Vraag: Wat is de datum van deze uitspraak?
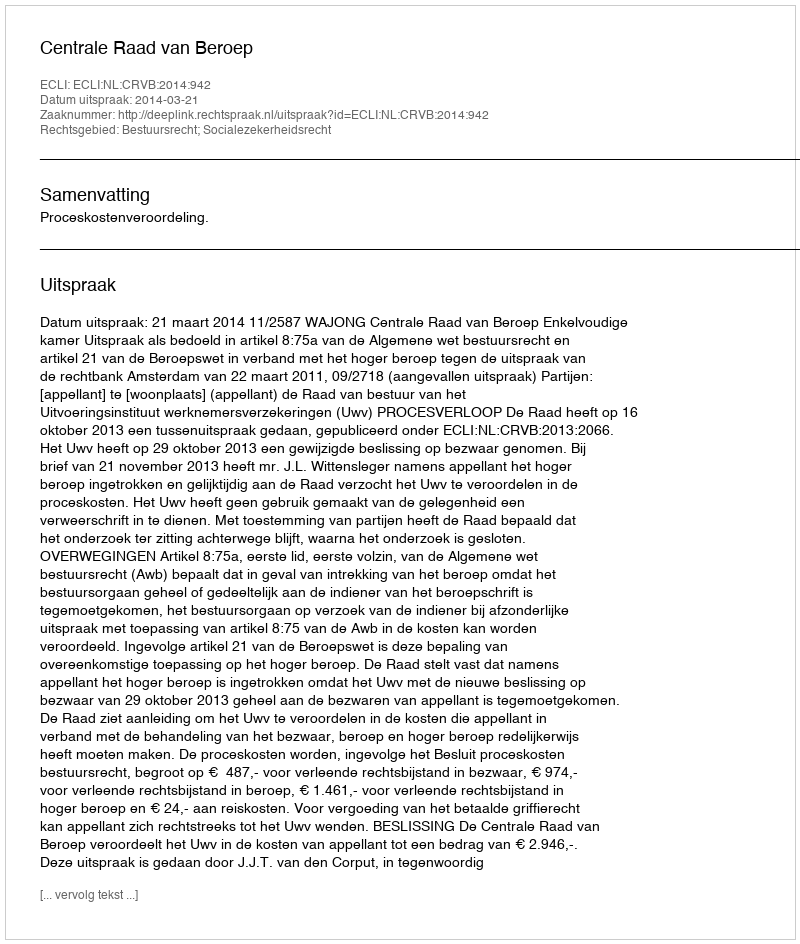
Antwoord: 2014-03-21